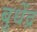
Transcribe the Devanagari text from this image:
बुधेंद्र